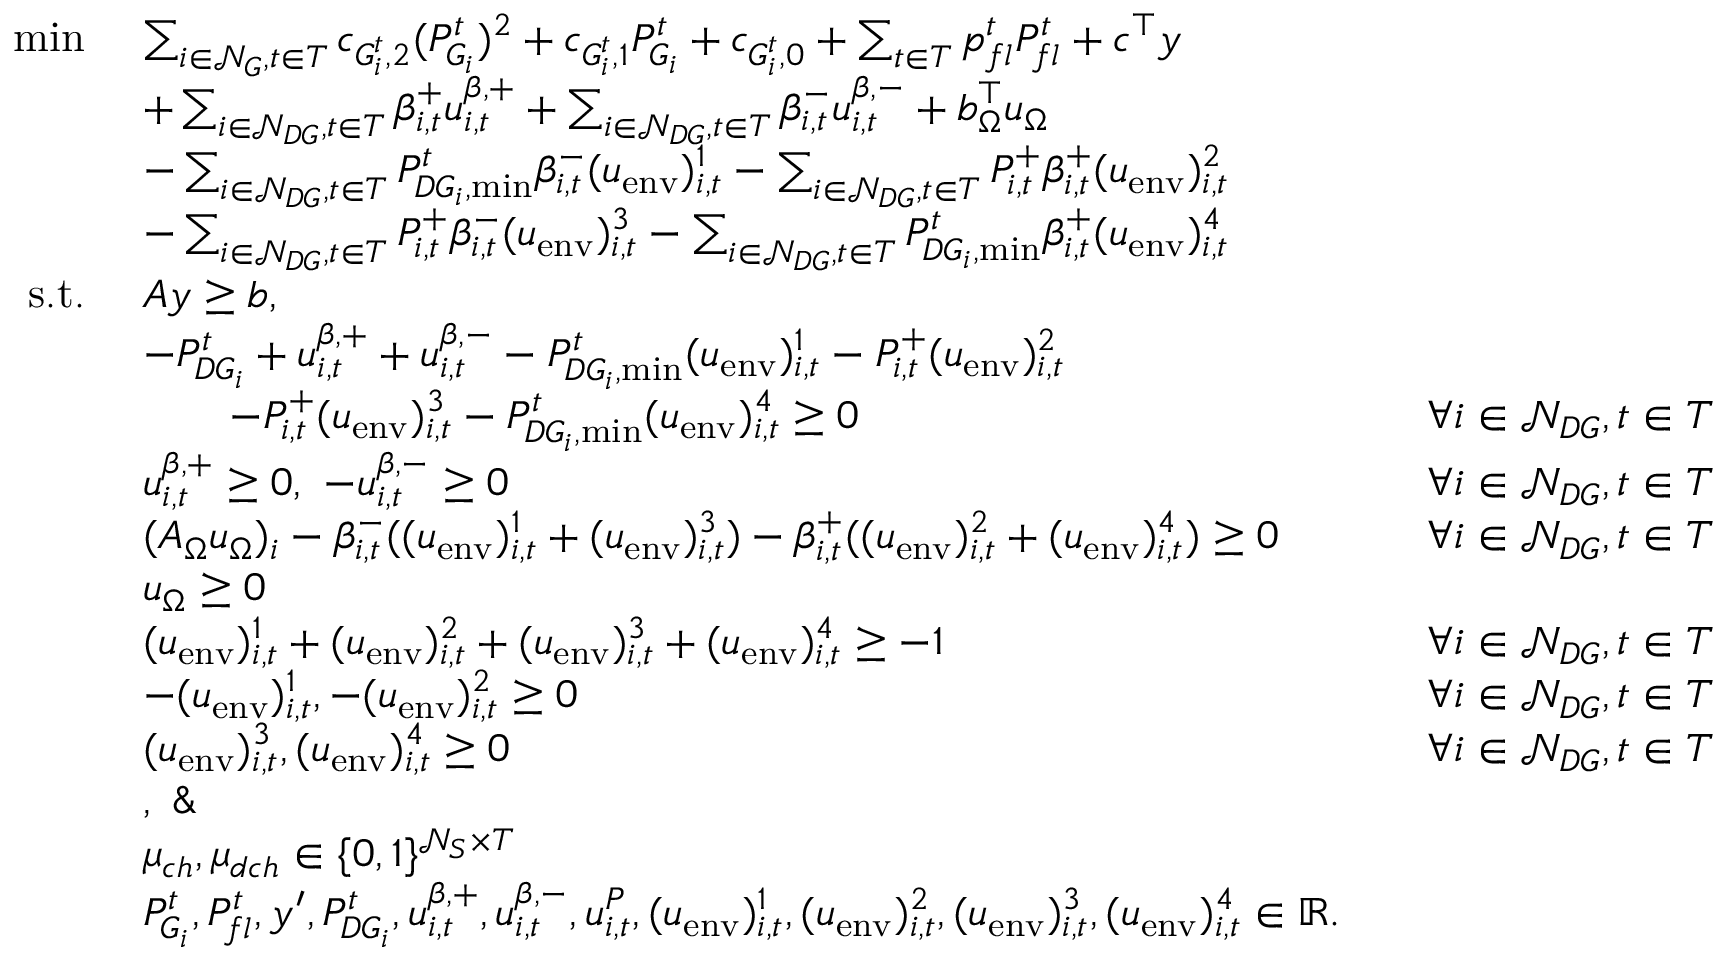
\begin{array} { r l r l } { \operatorname* { m i n } \ } & { \sum _ { i \in \mathcal { N } _ { G } , t \in T } c _ { G _ { i } ^ { t } , 2 } ( P _ { G _ { i } } ^ { t } ) ^ { 2 } + c _ { G _ { i } ^ { t } , 1 } P _ { G _ { i } } ^ { t } + c _ { G _ { i } ^ { t } , 0 } + \sum _ { t \in T } p _ { f l } ^ { t } P _ { f l } ^ { t } + c ^ { \top } y } \\ & { + \sum _ { i \in \mathcal { N } _ { D G } , t \in T } \beta _ { i , t } ^ { + } u _ { i , t } ^ { \beta , + } + \sum _ { i \in \mathcal { N } _ { D G } , t \in T } \beta _ { i , t } ^ { - } u _ { i , t } ^ { \beta , - } + b _ { \Omega } ^ { \top } u _ { \Omega } } \\ & { - \sum _ { i \in \mathcal { N } _ { D G } , t \in T } P _ { D G _ { i } , \operatorname* { m i n } } ^ { t } \beta _ { i , t } ^ { - } ( u _ { \mathrm { e n v } } ) _ { i , t } ^ { 1 } - \sum _ { i \in \mathcal { N } _ { D G } , t \in T } P _ { i , t } ^ { + } \beta _ { i , t } ^ { + } ( u _ { \mathrm { e n v } } ) _ { i , t } ^ { 2 } } \\ & { - \sum _ { i \in \mathcal { N } _ { D G } , t \in T } P _ { i , t } ^ { + } \beta _ { i , t } ^ { - } ( u _ { \mathrm { e n v } } ) _ { i , t } ^ { 3 } - \sum _ { i \in \mathcal { N } _ { D G } , t \in T } P _ { D G _ { i } , \operatorname* { m i n } } ^ { t } \beta _ { i , t } ^ { + } ( u _ { \mathrm { e n v } } ) _ { i , t } ^ { 4 } } \\ { \mathrm { s . t . } \ } & { A y \geq b , } \\ & { - P _ { D G _ { i } } ^ { t } + u _ { i , t } ^ { \beta , + } + u _ { i , t } ^ { \beta , - } - P _ { D G _ { i } , \operatorname* { m i n } } ^ { t } ( u _ { \mathrm { e n v } } ) _ { i , t } ^ { 1 } - P _ { i , t } ^ { + } ( u _ { \mathrm { e n v } } ) _ { i , t } ^ { 2 } } \\ & { \qquad - P _ { i , t } ^ { + } ( u _ { \mathrm { e n v } } ) _ { i , t } ^ { 3 } - P _ { D G _ { i } , \operatorname* { m i n } } ^ { t } ( u _ { \mathrm { e n v } } ) _ { i , t } ^ { 4 } \geq 0 } & & { \forall i \in \mathcal { N } _ { D G } , t \in T } \\ & { u _ { i , t } ^ { \beta , + } \geq 0 , \ - u _ { i , t } ^ { \beta , - } \geq 0 } & & { \forall i \in \mathcal { N } _ { D G } , t \in T } \\ & { ( A _ { \Omega } u _ { \Omega } ) _ { i } - \beta _ { i , t } ^ { - } ( ( u _ { \mathrm { e n v } } ) _ { i , t } ^ { 1 } + ( u _ { \mathrm { e n v } } ) _ { i , t } ^ { 3 } ) - \beta _ { i , t } ^ { + } ( ( u _ { \mathrm { e n v } } ) _ { i , t } ^ { 2 } + ( u _ { \mathrm { e n v } } ) _ { i , t } ^ { 4 } ) \geq 0 } & & { \forall i \in \mathcal { N } _ { D G } , t \in T } \\ & { u _ { \Omega } \geq 0 } \\ & { ( u _ { \mathrm { e n v } } ) _ { i , t } ^ { 1 } + ( u _ { \mathrm { e n v } } ) _ { i , t } ^ { 2 } + ( u _ { \mathrm { e n v } } ) _ { i , t } ^ { 3 } + ( u _ { \mathrm { e n v } } ) _ { i , t } ^ { 4 } \geq - 1 } & & { \forall i \in \mathcal { N } _ { D G } , t \in T } \\ & { - ( u _ { \mathrm { e n v } } ) _ { i , t } ^ { 1 } , - ( u _ { \mathrm { e n v } } ) _ { i , t } ^ { 2 } \geq 0 } & & { \forall i \in \mathcal { N } _ { D G } , t \in T } \\ & { ( u _ { \mathrm { e n v } } ) _ { i , t } ^ { 3 } , ( u _ { \mathrm { e n v } } ) _ { i , t } ^ { 4 } \geq 0 } & & { \forall i \in \mathcal { N } _ { D G } , t \in T } \\ & { , \ \& \ } \\ & { \mu _ { c h } , \mu _ { d c h } \in \{ 0 , 1 \} ^ { \mathcal { N } _ { S } \times T } } \\ & { P _ { G _ { i } } ^ { t } , P _ { f l } ^ { t } , y ^ { \prime } , P _ { D G _ { i } } ^ { t } , u _ { i , t } ^ { \beta , + } , u _ { i , t } ^ { \beta , - } , u _ { i , t } ^ { P } , ( u _ { \mathrm { e n v } } ) _ { i , t } ^ { 1 } , ( u _ { \mathrm { e n v } } ) _ { i , t } ^ { 2 } , ( u _ { \mathrm { e n v } } ) _ { i , t } ^ { 3 } , ( u _ { \mathrm { e n v } } ) _ { i , t } ^ { 4 } \in \mathbb { R } . } \end{array}